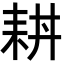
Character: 𦓮